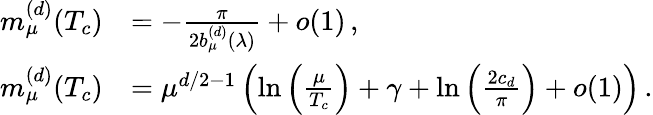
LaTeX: \begin{array}{rl}{m_{\mu}^{(d)}(T_{c})}&{=-\frac{\pi}{2b_{\mu}^{(d)}(\lambda)}+o(1)\, ,}\\ {m_{\mu}^{(d)}(T_{c})}&{=\mu^{d/2-1}\left(\ln\left(\frac{\mu}{T_{c}}\right)+\gamma+\ln\left(\frac{2c_{d}}{\pi}\right)+o(1)\right)\, .}\end{array}